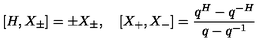
[ H , X _ { \pm } ] = \pm X _ { \pm } , \quad [ X _ { + } , X _ { - } ] = \frac { q ^ { H } - q ^ { - H } } { q - q ^ { - 1 } }